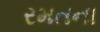
રમતના